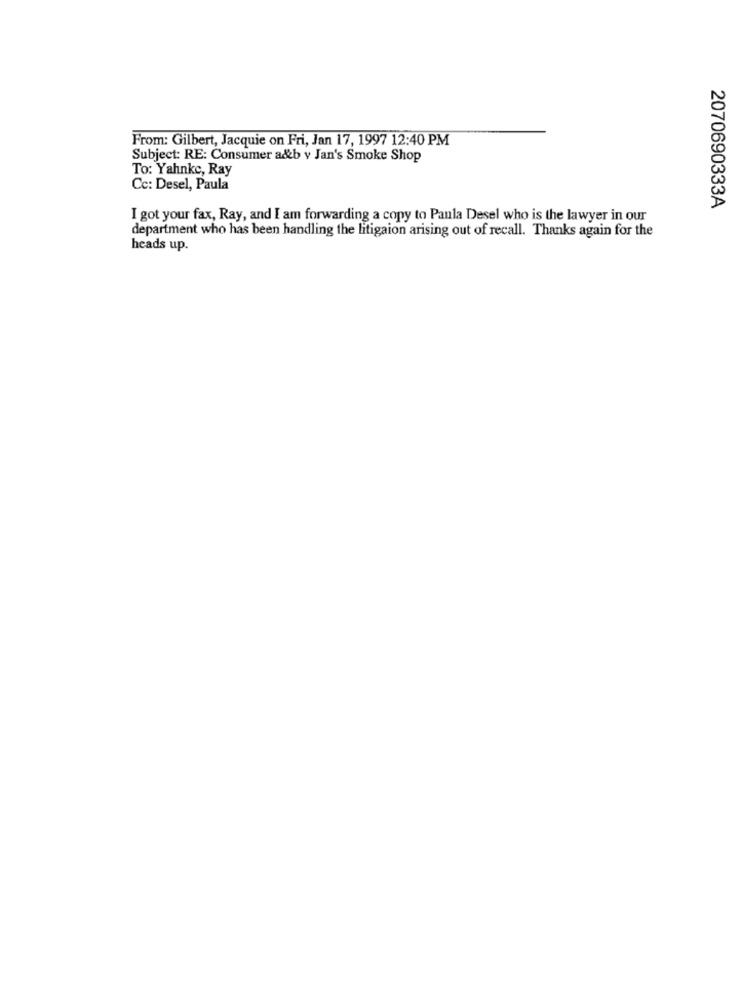
From: Gilbert, Jacquie on Fri, Jan 17, 1997 12:40 PM
Subject: RE: Consumer a&b v Jan's Smoke Shop
To: Yahnkc, Ray
Cc: Desel, Paula
2070690333A
I got your fax, Ray, and I am forwarding a copy to Paula Desel who is the lawyer in our
department who has been handling the litigaion arising out of recall. Thanks again for the
heads up.